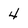
Character: 4